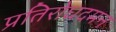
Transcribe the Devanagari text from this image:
प्रतिरोधदमन